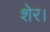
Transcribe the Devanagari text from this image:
शेर।